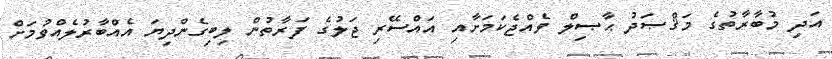
އަދި މުބާރާތުގެ މަޤްޞަދު ޙާޞިލް ވެއްޖެކަމަށާއި އައްސޭރި ޖަލުގެ ފަރާތުން ލިބިގެންދިޔަ އެއްބާރުލެއްވުމަށް